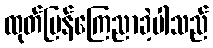
ထုတ်ပြန်ကြေညာခဲ့ပါသည်